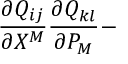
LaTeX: \frac { \partial Q _ { i j } } { \partial X ^ { M } } \frac { \partial Q _ { k l } } { \partial P _ { M } } -